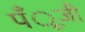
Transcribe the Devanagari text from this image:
पँूजी